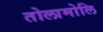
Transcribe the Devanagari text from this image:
तोलामोलि